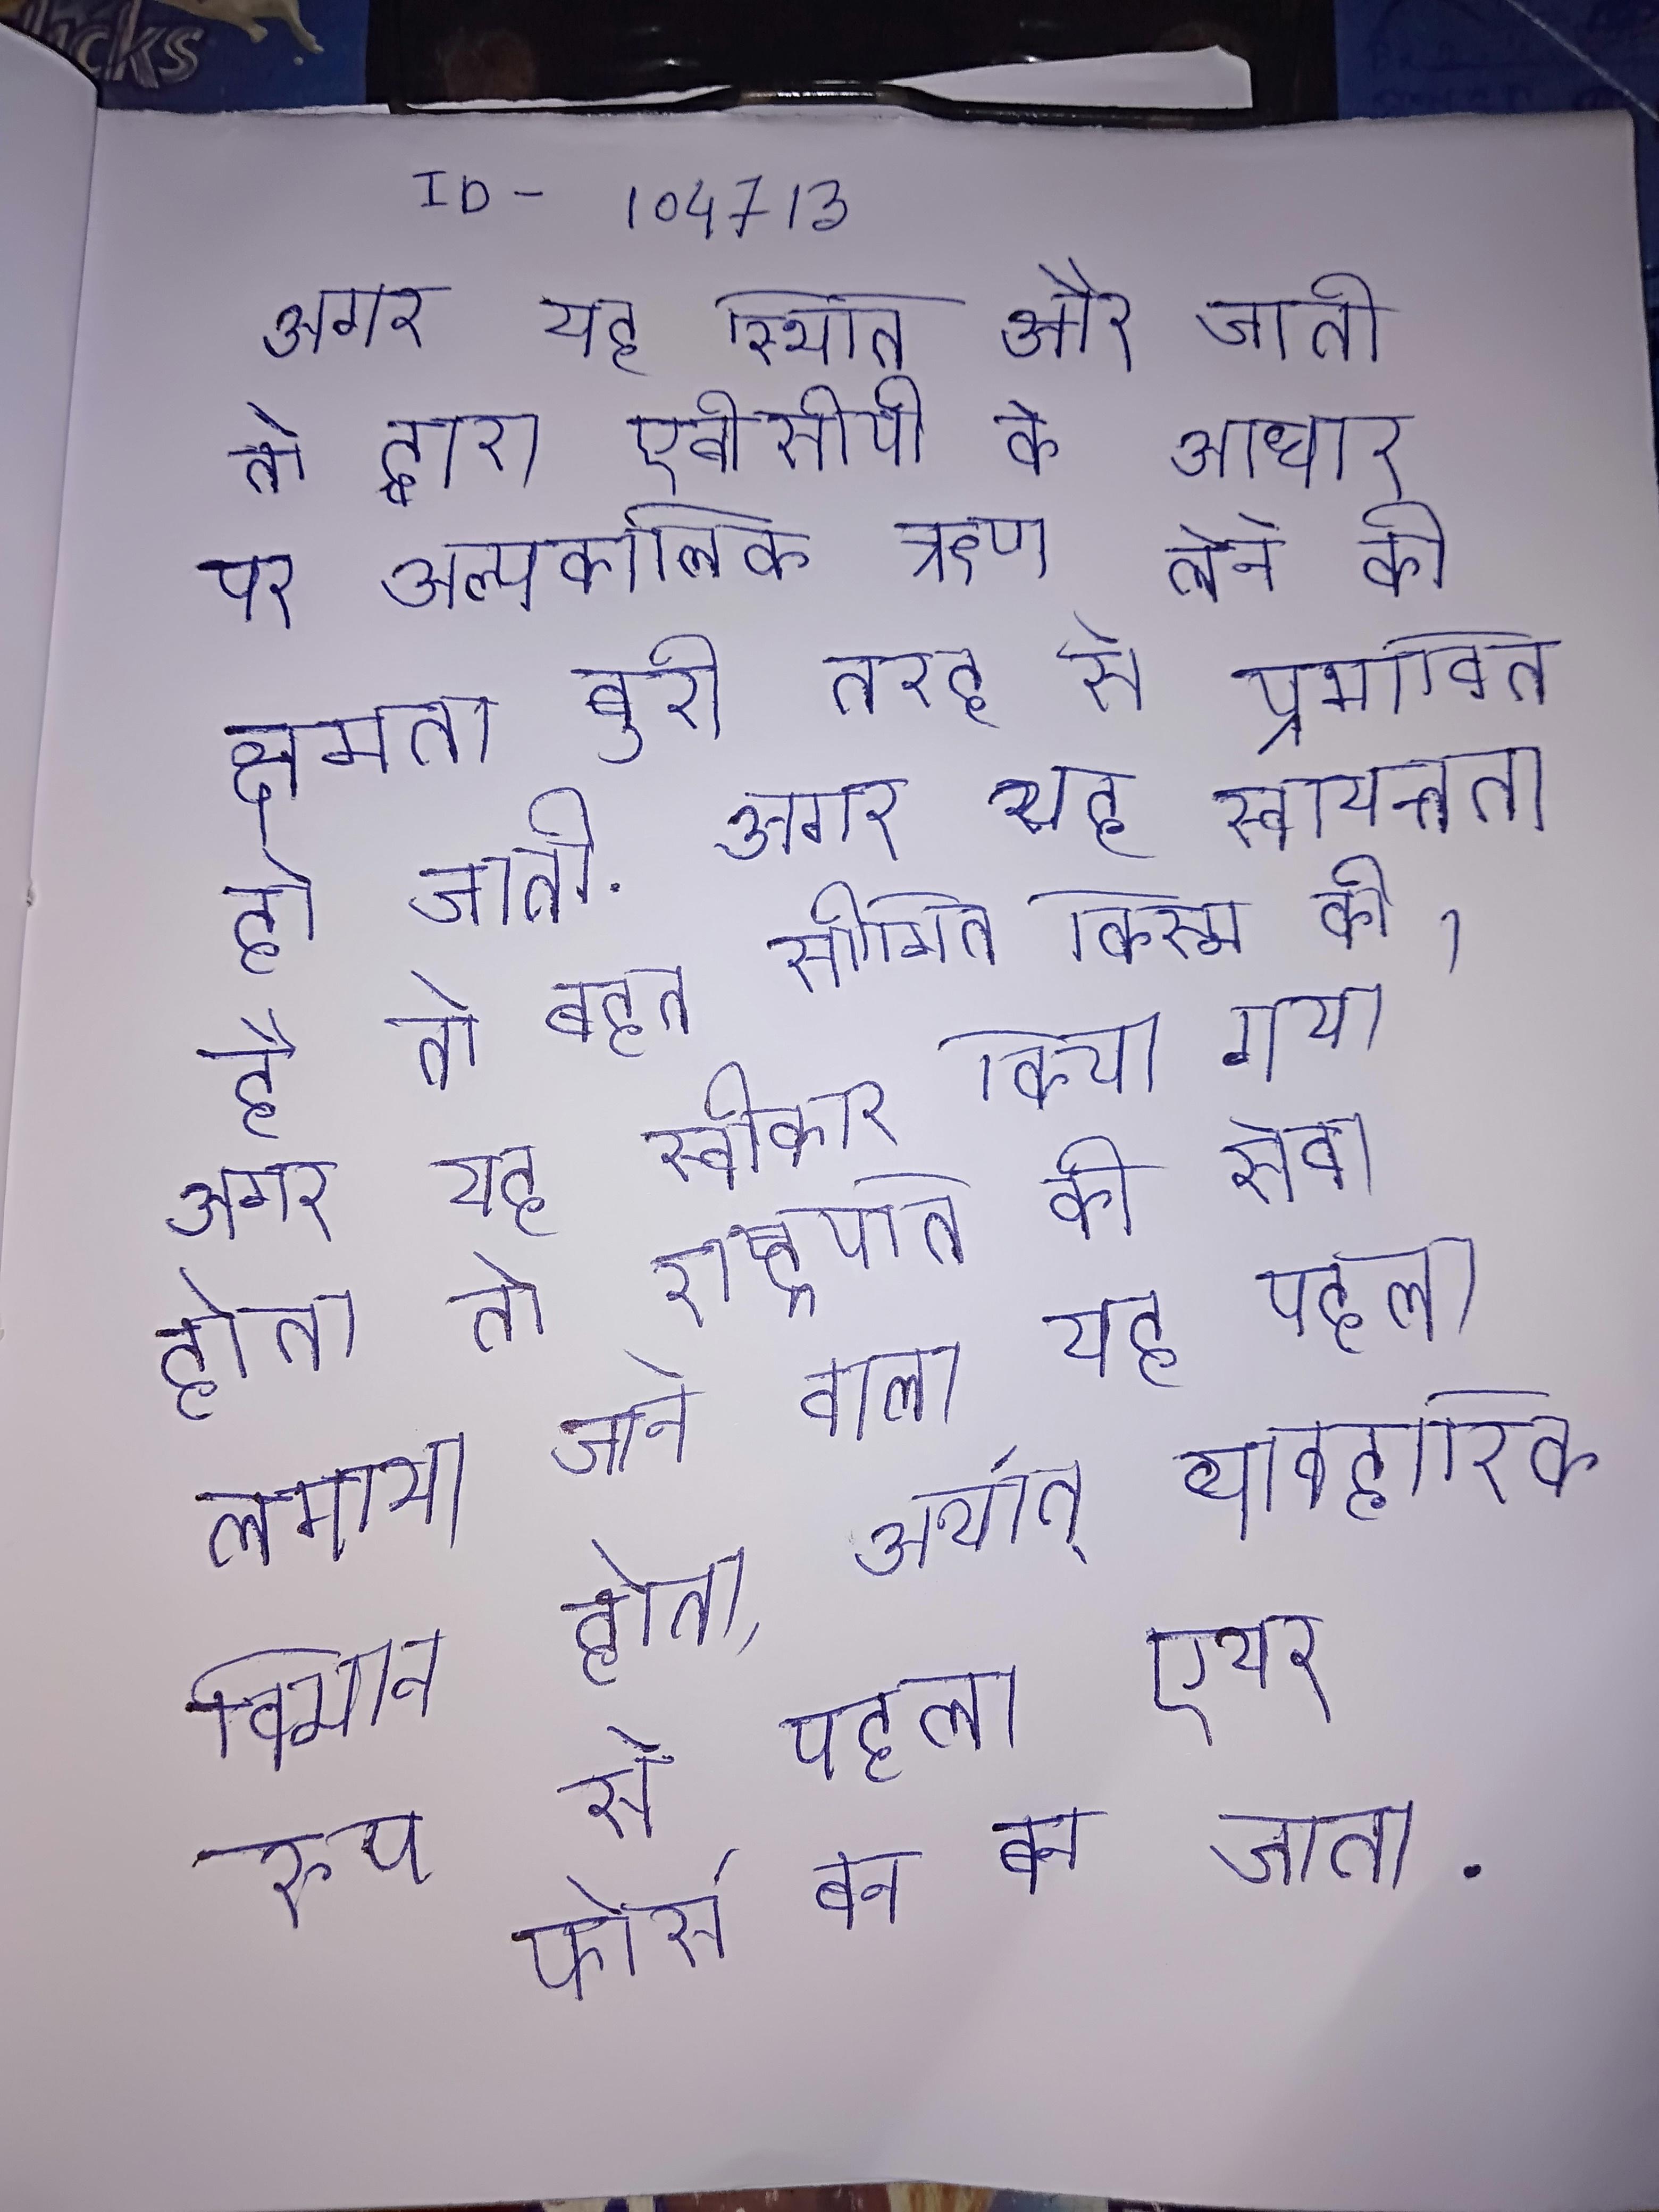
अगर यह स्थिति और जाती तो द्वारा एबीसीपी के आधार पर अल्पकालिक ऋण लेने की क्षमता बुरी तरह से प्रभावित हो जाती . अगर यह स्वायत्तता है तो बहुत सीमित किस्म की । अगर यह स्वीकार किया गया होता तो राष्ट्रपति की सेवा लगाया जाने वाला यह पहला विमान होता, अर्थात् व्यावहारिक रूप से पहला एयर फोर्स वन बन जाता .